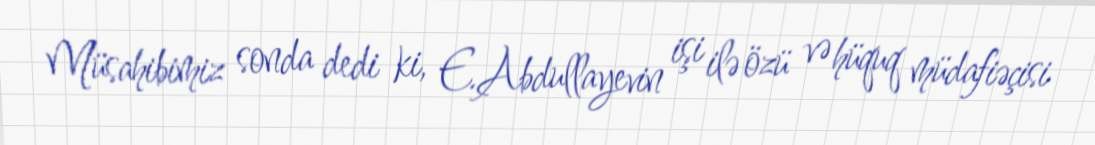
Müsahibimiz sonda dedi ki, E.Abdullayevin işi ilə özü və hüquq müdafiəçisi